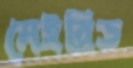
মেইরিড